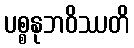
ပစ္စနုဘဝိဿတိ